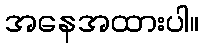
အနေအထားပါ။